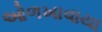
ઓળખાવાયા